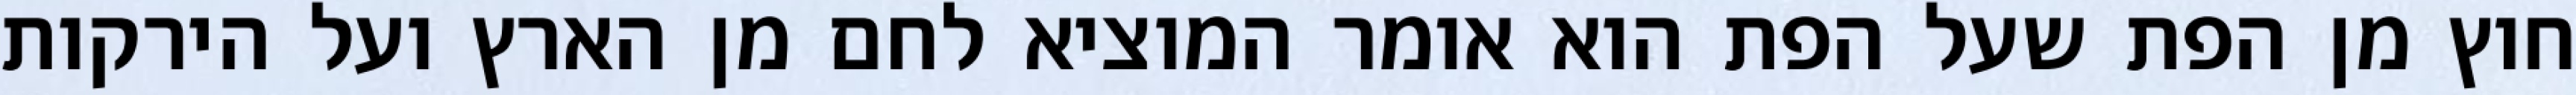
חוץ מן הפת שעל הפת הוא אומר המוציא לחם מן הארץ ועל הירקות